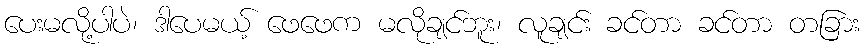
ပေးမလို့ပါပဲ၊ ဒါပေမယ့် ဖေဖေက မလိုချင်ဘူး၊ လူချင်း ခင်တာ ခင်တာ တခြား